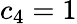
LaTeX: c_{4}=1